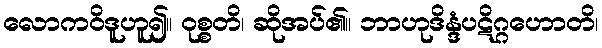
လောကဝိဒူဟူ၍။ ဝုစ္စတိ၊ ဆိုအပ်၏။ ဘာဟုဒိန္ဒံပဋိဂ္ဂဟောတိ၊